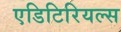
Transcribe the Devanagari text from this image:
एडिटिरियल्स